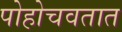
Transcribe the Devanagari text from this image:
पोहोचवतात